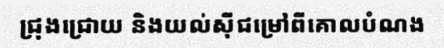
ជ្រុងជ្រោយ និងយល់ស៊ីជម្រៅពីគោលបំណង